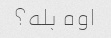
اوه بله؟